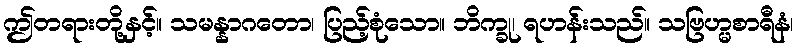
ဤတရားတို့နှင့်။ သမန္နာဂတော၊ ပြည့်စုံသော။ ဘိက္ခု၊ ရဟန်းသည်။ သဗြဟ္မစာရီနံ၊